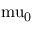
\mathrm { \ m u _ { 0 } }